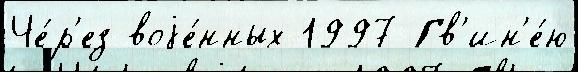
Че́р'ез воjе́нных 1997 Гв'ин'е́ю